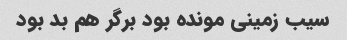
سیب زمینی مونده بود برگر هم بد بود